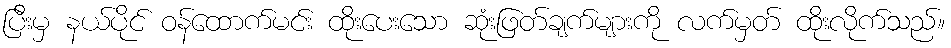
ပြီးမှ နယ်ပိုင် ဝန်ထောက်မင်း ထိုးပေးသော ဆုံးဖြတ်ချက်များကို လက်မှတ် ထိုးလိုက်သည်။